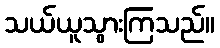
သယ်ယူသွားကြသည်။